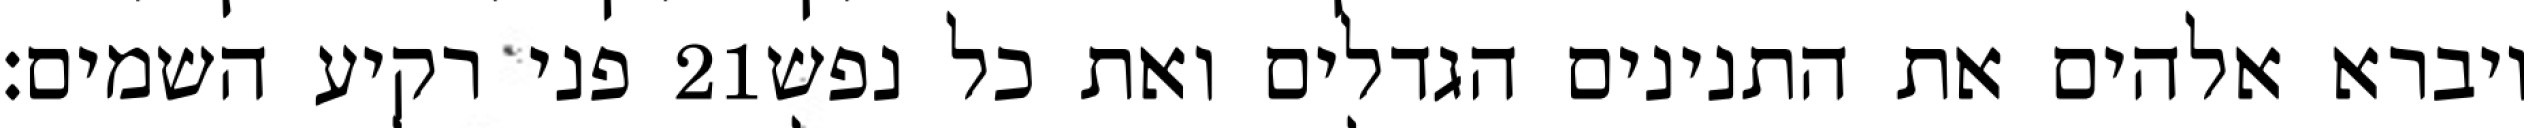
פני רקיע השמים׃ ‎21‏ ויברא אלהים את התנינים הגדלים ואת כל נפש